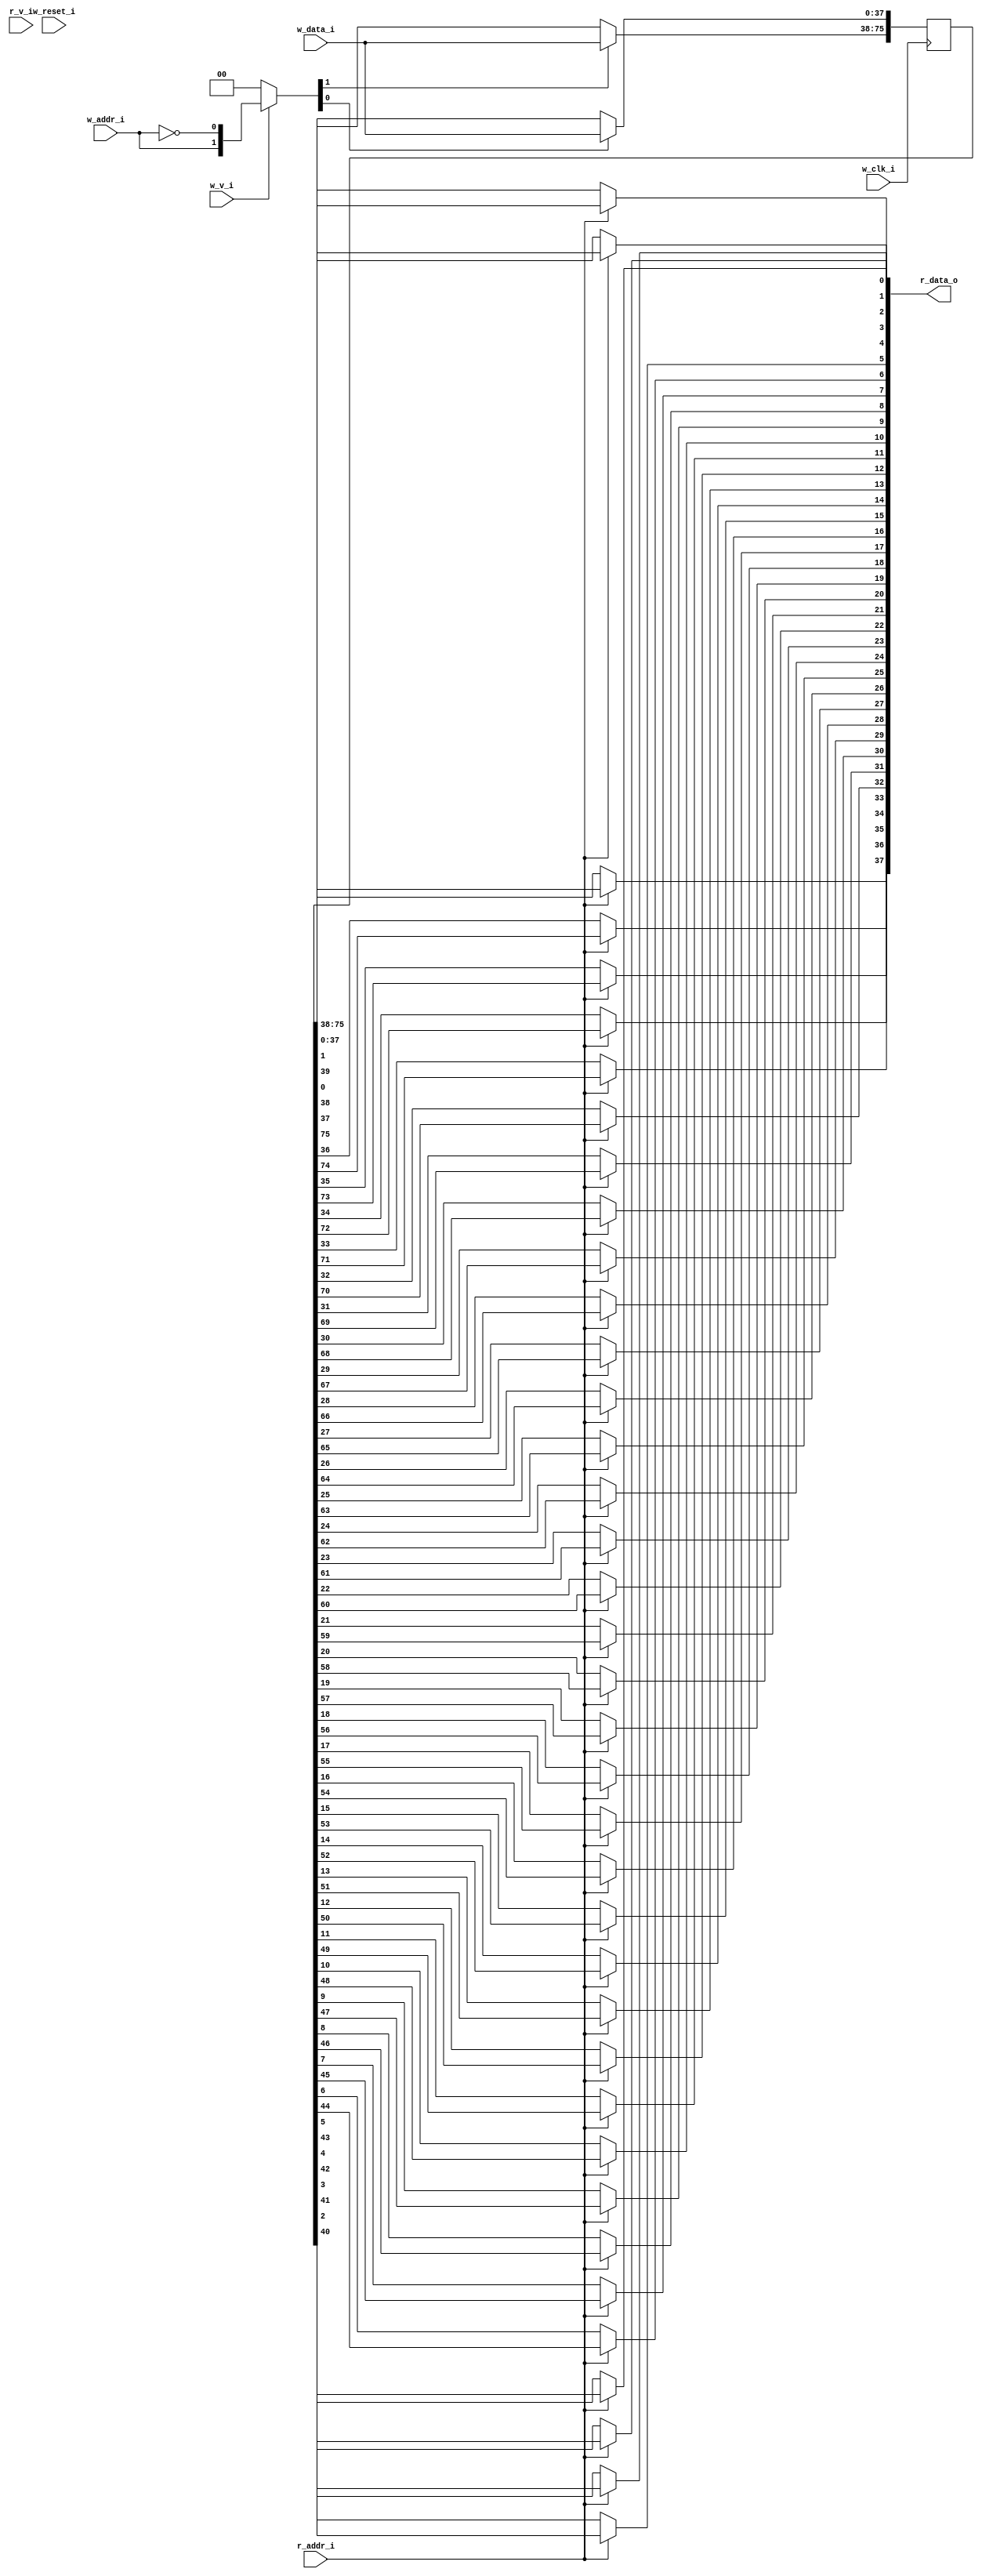
// This program was cloned from: https://github.com/NYU-MLDA/OpenABC
// License: BSD 3-Clause "New" or "Revised" License

module bsg_mem_1r1w_synth_width_p38_els_p2_read_write_same_addr_p0_harden_p0
(
  w_clk_i,
  w_reset_i,
  w_v_i,
  w_addr_i,
  w_data_i,
  r_v_i,
  r_addr_i,
  r_data_o
);

  input [0:0] w_addr_i;
  input [37:0] w_data_i;
  input [0:0] r_addr_i;
  output [37:0] r_data_o;
  input w_clk_i;
  input w_reset_i;
  input w_v_i;
  input r_v_i;
  wire [37:0] r_data_o;
  wire N0,N1,N2,N3,N4,N5,N7,N8;
  reg [75:0] mem;
  assign r_data_o[37] = (N3)? mem[37] :
                        (N0)? mem[75] : 1'b0;
  assign N0 = r_addr_i[0];
  assign r_data_o[36] = (N3)? mem[36] :
                        (N0)? mem[74] : 1'b0;
  assign r_data_o[35] = (N3)? mem[35] :
                        (N0)? mem[73] : 1'b0;
  assign r_data_o[34] = (N3)? mem[34] :
                        (N0)? mem[72] : 1'b0;
  assign r_data_o[33] = (N3)? mem[33] :
                        (N0)? mem[71] : 1'b0;
  assign r_data_o[32] = (N3)? mem[32] :
                        (N0)? mem[70] : 1'b0;
  assign r_data_o[31] = (N3)? mem[31] :
                        (N0)? mem[69] : 1'b0;
  assign r_data_o[30] = (N3)? mem[30] :
                        (N0)? mem[68] : 1'b0;
  assign r_data_o[29] = (N3)? mem[29] :
                        (N0)? mem[67] : 1'b0;
  assign r_data_o[28] = (N3)? mem[28] :
                        (N0)? mem[66] : 1'b0;
  assign r_data_o[27] = (N3)? mem[27] :
                        (N0)? mem[65] : 1'b0;
  assign r_data_o[26] = (N3)? mem[26] :
                        (N0)? mem[64] : 1'b0;
  assign r_data_o[25] = (N3)? mem[25] :
                        (N0)? mem[63] : 1'b0;
  assign r_data_o[24] = (N3)? mem[24] :
                        (N0)? mem[62] : 1'b0;
  assign r_data_o[23] = (N3)? mem[23] :
                        (N0)? mem[61] : 1'b0;
  assign r_data_o[22] = (N3)? mem[22] :
                        (N0)? mem[60] : 1'b0;
  assign r_data_o[21] = (N3)? mem[21] :
                        (N0)? mem[59] : 1'b0;
  assign r_data_o[20] = (N3)? mem[20] :
                        (N0)? mem[58] : 1'b0;
  assign r_data_o[19] = (N3)? mem[19] :
                        (N0)? mem[57] : 1'b0;
  assign r_data_o[18] = (N3)? mem[18] :
                        (N0)? mem[56] : 1'b0;
  assign r_data_o[17] = (N3)? mem[17] :
                        (N0)? mem[55] : 1'b0;
  assign r_data_o[16] = (N3)? mem[16] :
                        (N0)? mem[54] : 1'b0;
  assign r_data_o[15] = (N3)? mem[15] :
                        (N0)? mem[53] : 1'b0;
  assign r_data_o[14] = (N3)? mem[14] :
                        (N0)? mem[52] : 1'b0;
  assign r_data_o[13] = (N3)? mem[13] :
                        (N0)? mem[51] : 1'b0;
  assign r_data_o[12] = (N3)? mem[12] :
                        (N0)? mem[50] : 1'b0;
  assign r_data_o[11] = (N3)? mem[11] :
                        (N0)? mem[49] : 1'b0;
  assign r_data_o[10] = (N3)? mem[10] :
                        (N0)? mem[48] : 1'b0;
  assign r_data_o[9] = (N3)? mem[9] :
                       (N0)? mem[47] : 1'b0;
  assign r_data_o[8] = (N3)? mem[8] :
                       (N0)? mem[46] : 1'b0;
  assign r_data_o[7] = (N3)? mem[7] :
                       (N0)? mem[45] : 1'b0;
  assign r_data_o[6] = (N3)? mem[6] :
                       (N0)? mem[44] : 1'b0;
  assign r_data_o[5] = (N3)? mem[5] :
                       (N0)? mem[43] : 1'b0;
  assign r_data_o[4] = (N3)? mem[4] :
                       (N0)? mem[42] : 1'b0;
  assign r_data_o[3] = (N3)? mem[3] :
                       (N0)? mem[41] : 1'b0;
  assign r_data_o[2] = (N3)? mem[2] :
                       (N0)? mem[40] : 1'b0;
  assign r_data_o[1] = (N3)? mem[1] :
                       (N0)? mem[39] : 1'b0;
  assign r_data_o[0] = (N3)? mem[0] :
                       (N0)? mem[38] : 1'b0;
  assign N5 = ~w_addr_i[0];
  assign { N8, N7 } = (N1)? { w_addr_i[0:0], N5 } :
                      (N2)? { 1'b0, 1'b0 } : 1'b0;
  assign N1 = w_v_i;
  assign N2 = N4;
  assign N3 = ~r_addr_i[0];
  assign N4 = ~w_v_i;

  always @(posedge w_clk_i) begin
    if(N8) begin
      { mem[75:38] } <= { w_data_i[37:0] };
    end
    if(N7) begin
      { mem[37:0] } <= { w_data_i[37:0] };
    end
  end


endmodule